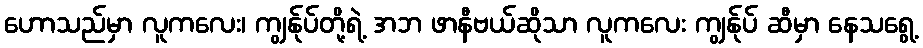
ဟောသည်မှာ လူကလေး၊ ကျွန်ုပ်တို့ရဲ့ အဘ ဖာနီဗယ်ဆိုသာ လူကလေး ကျွန်ုပ် ဆီမှာ နေသရွေ့